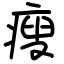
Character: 瘦